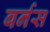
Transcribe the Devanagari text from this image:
बर्नस